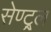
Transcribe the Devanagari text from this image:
सेण्ट्र्ल